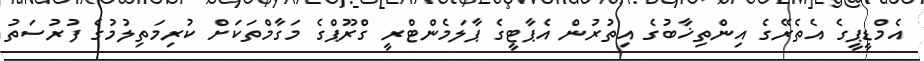
އެމްޑީޕީގެ އެތެރޭގެ އިންތިޚާބުގެ އިތުރުން އެޕާޓީގެ ޕާލަމެންޓްރީ ގްރޫޕްގެ މަގާމްތަކަށް ކުރިމަތިލުމުގެ ފުރުސަތު